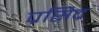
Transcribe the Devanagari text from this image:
प्रसिद्र